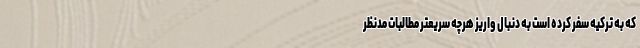
که به ترکیه سفر کرده است به دنبال واریز هرچه سریعتر مطالبات مدنظر